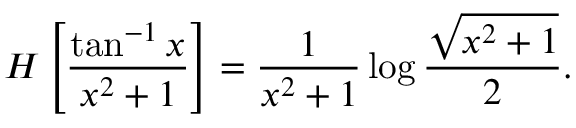
H \left[ \frac { \tan ^ { - 1 } x } { x ^ { 2 } + 1 } \right] = \frac { 1 } { x ^ { 2 } + 1 } \log \frac { \sqrt { x ^ { 2 } + 1 } } { 2 } .